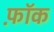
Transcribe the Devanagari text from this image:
फ़ॉक